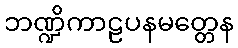
ဘဏ္ဍိကာဠပနမတ္တေန